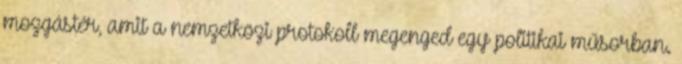
mozgástér, amit a nemzetközi protokoll megenged egy politikai műsorban.